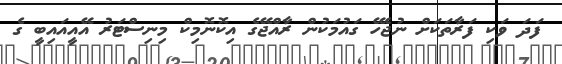
ފަދަ ވަކި ފަރާތަކަށް ނުޖެހޭ ގައުމަކުން ރާއްޖޭގެ އިކޮނޮމިކް މިނިސްޓަރު އޭއީއައިބީ ގެ